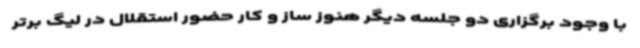
با وجود برگزاری دو جلسه دیگر هنوز ساز و کار حضور استقلال در لیگ برتر